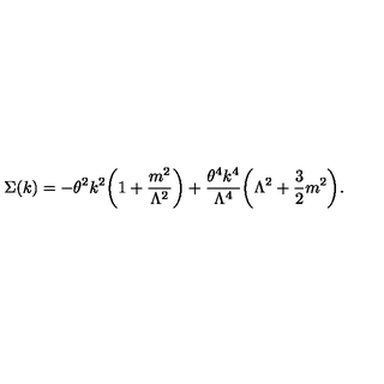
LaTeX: \Sigma ( k ) = - \theta ^ { 2 } k ^ { 2 } \biggl ( 1 + \frac { m ^ { 2 } } { \Lambda ^ { 2 } } \biggr ) + \frac { \theta ^ { 4 } k ^ { 4 } } { \Lambda ^ { 4 } } \biggl ( \Lambda ^ { 2 } + \frac { 3 } { 2 } m ^ { 2 } \biggr ) .